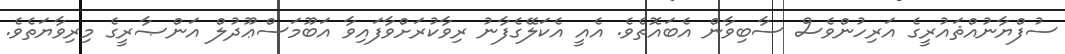
ސުފްޔާނުއްޘައުރީގެ އަރިހުންވެސް ސާބިވާން އެބައޮތެވެ. އެއީ އެކަލޭގެފާނު ރިވާކުރަށްވާފައިވާ އަބޫމަސްޢޫދުލް އަންޞާރީގެ މިރިވާޔަތެވެ.